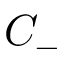
C _ { - }